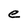
Character: e